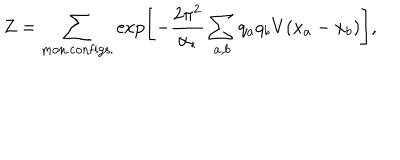
LaTeX: Z = \sum _ { \mathrm { m o n . c o n f i g s . } } \exp \left[ - \frac { 2 \pi ^ { 2 } } { \alpha _ { * } } \sum _ { a , b } q _ { a } q _ { b } V ( x _ { a } - x _ { b } ) \right] ,